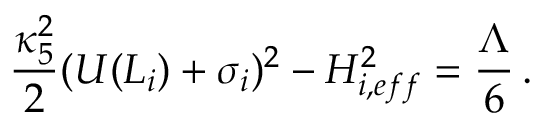
\frac { \kappa _ { 5 } ^ { 2 } } { 2 } ( U ( L _ { i } ) + \sigma _ { i } ) ^ { 2 } - H _ { i , e f f } ^ { 2 } = \frac { \Lambda } { 6 } \, .